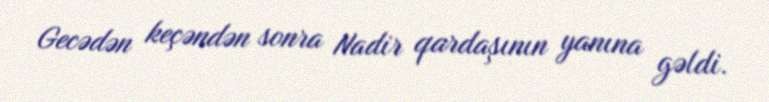
Gecədən keçəndən sonra Nadir qardaşının yanına gəldi.